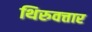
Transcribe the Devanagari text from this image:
थिरुवत्तार